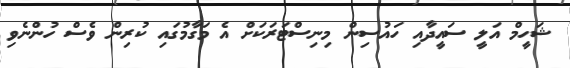
ޝަހީމް އަލީ ސައީދާއި ހައުސިން މިނިސްޓަރަކަށް އެ މަގާމުގައި ކުރިން ވެސް ހުންނެވި